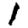
Digit: 1